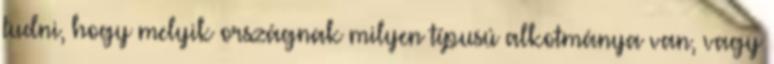
tudni, hogy melyik országnak milyen típusú alkotmánya van, vagy